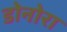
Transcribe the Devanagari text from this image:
डोनोरा